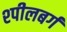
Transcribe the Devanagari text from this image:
श्पीलबर्ग